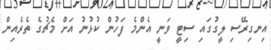
އިނގިރޭސި ލީގުގައި ސިޓީ ވަނީ އެންމެ ފަހުން ކުޅުނު އަށް މެޗުގެ ތެރެއިން